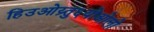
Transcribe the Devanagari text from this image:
हिउओय्र्तु६योओलो